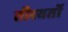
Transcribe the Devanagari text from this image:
तीरवर्तो